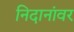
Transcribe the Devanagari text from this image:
निदानांवर